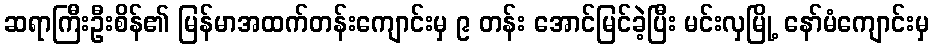
ဆရာကြီးဦးစိန်၏ မြန်မာအထက်တန်းကျောင်းမှ ၉ တန်း အောင်မြင်ခဲ့ပြီး မင်းလှမြို့ နော်မံကျောင်းမှ